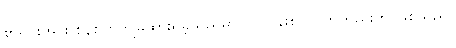
စာရင်းအင်း စနစ်တကျမထားရှိခဲ့သည်မှာ လုပ်ငန်းစတင်ကတည်းက ဖြစ်သည်။